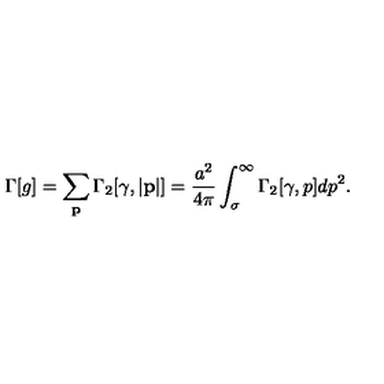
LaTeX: \Gamma [ g ] = \sum _ { \bf p } \Gamma _ { 2 } [ \gamma , | { \bf p } | ] = { \frac { a ^ { 2 } } { 4 \pi } } \int _ { \sigma } ^ { \infty } \Gamma _ { 2 } [ \gamma , p ] d p ^ { 2 } .